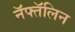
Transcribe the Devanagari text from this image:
नॅफ्तॅलिन